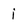
Character: i